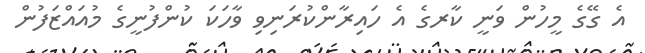
އެ ގޭގެ މީހުން ވަނީ ކާރގެ އެ ހައިރާންކުރަނިވި ވާހަކަ ކުންފުނީގެ މުއައްޒަފުން